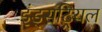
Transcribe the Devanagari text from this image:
इंड्सट्रियल